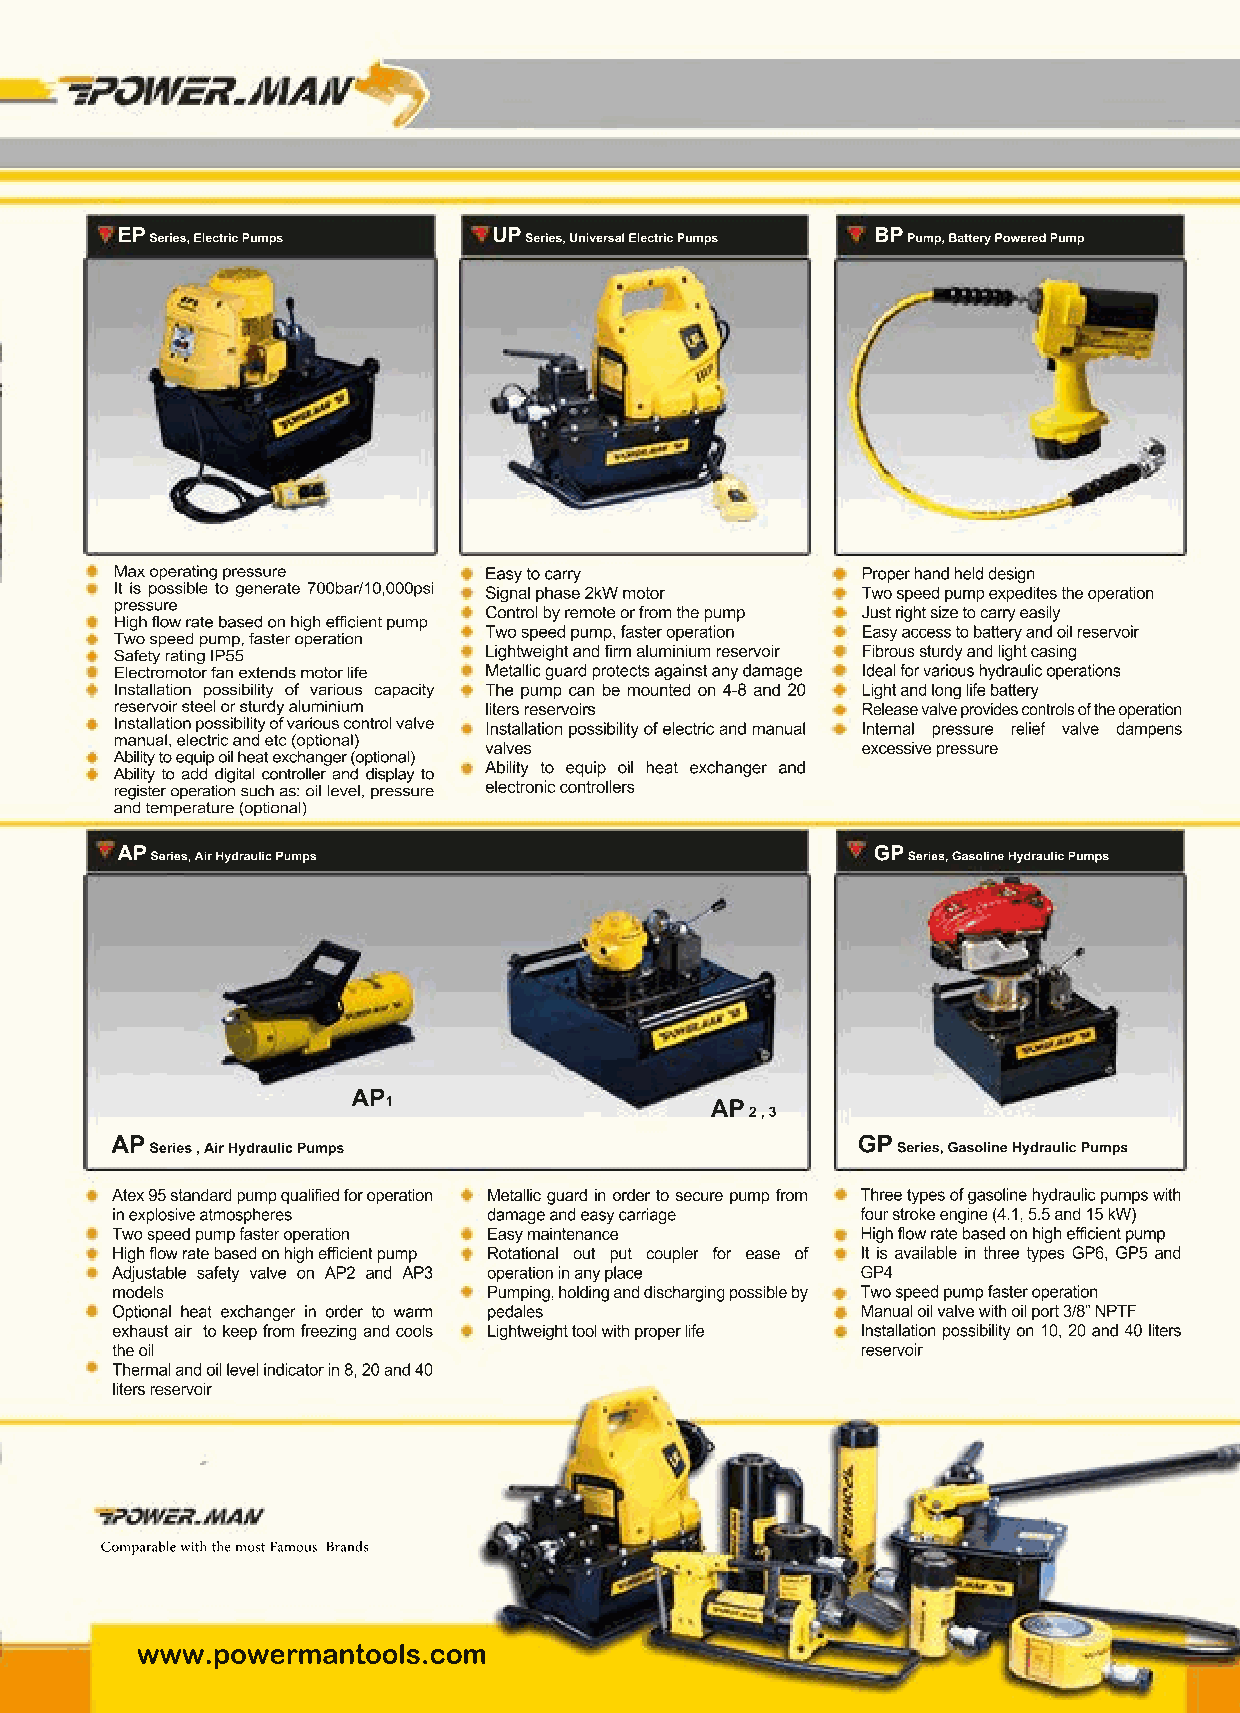
EP Series, Electric Pumps UP Series, Universal Electric Pumps BP Pump, Battery Powered Pump
 Max operating pressure  Easy to carry            Proper hand held design
 It is possible to generate 700bar/10,000psi Signal phase 2kW motor Two speed pump expedites the operation
 pressure
 Control by remote or from the pump Just right size to carry easily
 High flow rate based on high efficient pump
 Two speed pump, faster operation Easy access to battery and oil reservoir
 Two speed pump, faster operation
 Safety rating IP55      Lightweight and firm aluminium reservoir Fibrous sturdy and light casing
 EElleeccttrroommoottoorr ffaann eexxtteennddss mmoottoorr lliiffee Metallic guard protects against any damage Ideal for various hydraulic operations
 Installation possibility of various capacity TThhee ppuummpp ccaann bbee mmoouunntteedd oonn 44--88 aanndd 2200 LLiigghhtt aanndd lloonngg lliiffee bbaatttteerryy
 reservoir steel or sturdy aluminium liters reservoirs Release valve provides controls of the operation
 Installation possibility of various control valve Installation possibility of electric and manual Internal pressure relief valve dampens
 manual, electric and etc (optional)
 valves                   excessive pressure
 Ability to equip oil heat exchanger (optional)
 Ability to equip oil heat exchanger and
 AAbbiilliittyy ttoo aadddd ddiiggiittaall ccoonnttrroolllleerr aanndd ddiissppllaayy ttoo
 register operation such as: oil level, pressure electronic controllers
 and temperature (optional)
 AP Series, Air Hydraulic Pumps                    GP Series, Gasoline Hydraulic Pumps
 AP
 1                    AP
 2 , 3
 AP Series , Air Hydraulic Pumps                   GP Series, Gasoline Hydraulic Pumps
 Atex 95 standard pump qualified for operation Metallic guard in order to secure pump from Three types of gasoline hydraulic pumps with
 in explosive atmospheres damage and easy carriage four stroke engine (4.1, 5.5 and 15 kW)
 Two speed pump faster operation Easy maintenance  High flow rate based on high efficient pump
 High flow rate based on high efficient pump Rotational out put coupler for ease of It is available in three types GP6, GP5 and
 Adjustable safety valve on AP2 and AP3 operation in any place GP4
 models                   Pumping, holding and discharging possible by Two speed pump faster operation
 OOppttiioonnaall hheeaatt eexxcchhaannggeerr iinn oorrddeerr ttoo wwaarrmm pedales Manual oil valve with oil port 3/8” NPTF
 exhaust air to keep from freezing and cools LLiigghhttwweeiigghhtt ttooooll wwiitthh pprrooppeerr lliiffee IInnssttaallllaattiioonn ppoossssiibbiilliittyy oonn 1100,, 2200 aanndd 4400 lliitteerrss
 the oil                                           reservoir
 Thermal and oil level indicator in 8, 20 and 40
 liters reservoir
 Comparable with the most Famous Brands
 www.powermantools.com